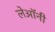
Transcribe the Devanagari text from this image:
लेऑनी